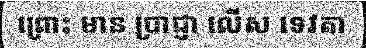
ព្រោះ មាន ប្រាជ្ញា លើស ទេវតា